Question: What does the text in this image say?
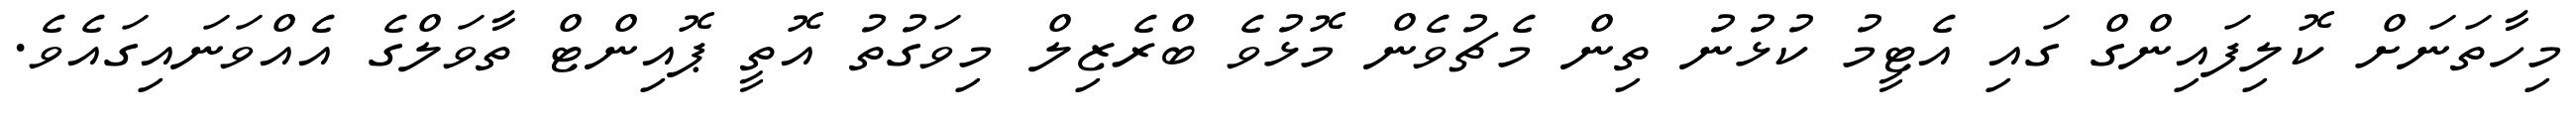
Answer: މިހާތަނަށް ކޮލިފައިންގް ގައި އެޓީމު ކުޅުނު ތިން މެޗުވެން މޮޅުވެ ބްރެޒިލް މިވަގުތު އޮތީ ޕޮއިންޓް ތާވަލްގެ އެއްވަނައިގައެވެ.